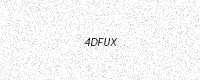
Text: 4DFUX